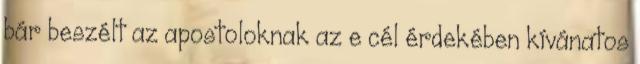
bár beszélt az apostoloknak az e cél érdekében kívánatos